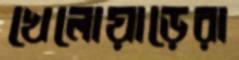
খেলোয়াড়েরা